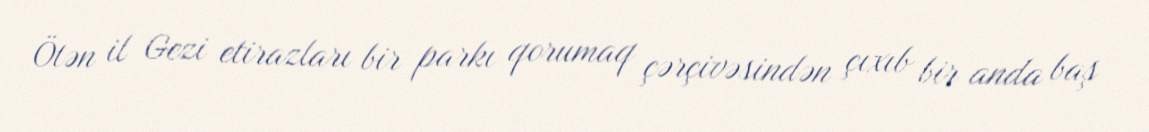
Ötən il Gezi etirazları bir parkı qorumaq çərçivəsindən çıxıb bir anda baş